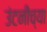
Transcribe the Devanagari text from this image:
उंटनीच्या